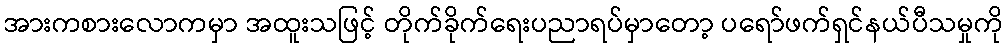
အားကစားလောကမှာ အထူးသဖြင့် တိုက်ခိုက်ရေးပညာရပ်မှာတော့ ပရော်ဖက်ရှင်နယ်ပီသမှုကို